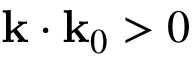
\mathbf { k } \cdot \mathbf { k } _ { 0 } > 0